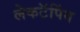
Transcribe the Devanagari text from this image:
लेकटॅपिंग